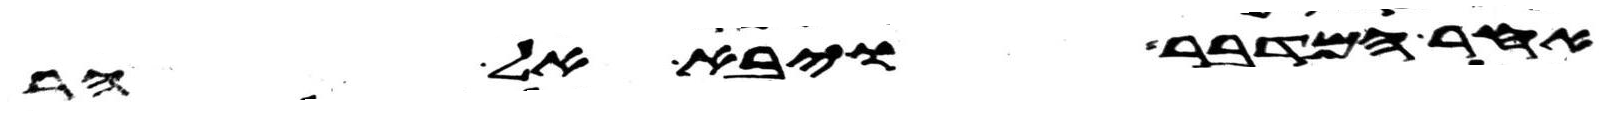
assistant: אחר המדבר ויבא אל הר